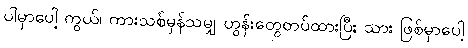
ပါမှာပေါ့ ကွယ်၊ ကားသစ်မှန်သမျှ ဟွန်းတွေတပ်ထားပြီး သား ဖြစ်မှာပေါ့